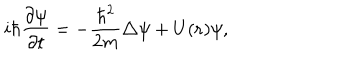
i \hbar { \frac { \partial \psi } { \partial t } } = - { \frac { { \hbar } ^ { 2 } } { 2 m } } \triangle \psi + U ( { \bf r } ) \psi ,